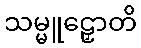
သမ္မူဠှောတိ